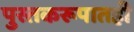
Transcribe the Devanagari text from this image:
पुस्तकरूपातही